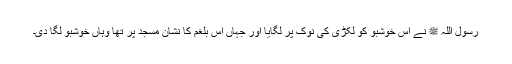
رسول اللہ ﷺ نے اس خوشبو کو لکڑی کی نوک پر لگایا اور جہاں اس بلغم کا نشان مسجد پر تھا وہاں خوشبو لگا دی۔